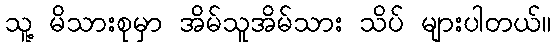
သူ့ မိသားစုမှာ အိမ်သူအိမ်သား သိပ် များပါတယ်။